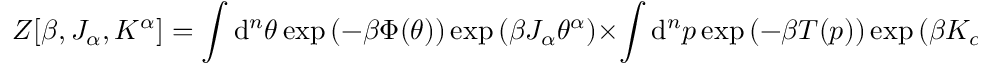
Z [ \beta , J _ { \alpha } , K ^ { \alpha } ] = \int \mathrm { d } ^ { n } \theta \: \exp \left( - \beta \Phi ( \theta ) \right) \exp \left( \beta J _ { \alpha } \theta ^ { \alpha } \right) \times \int \mathrm { d } ^ { n } p \: \exp \left( - \beta T ( p ) \right) \exp \left( \beta K _ { \alpha } p ^ { \alpha } \right) = Z _ { \Phi } [ \beta , J _ { \alpha } ] \times Z _ { T } [ \beta , K _ { \alpha } ]